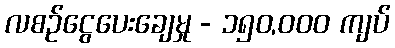
လစဉ်ငွေပေးချေမှု - ၁၅၀,၀၀၀ ကျပ်